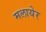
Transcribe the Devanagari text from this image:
मलायेर